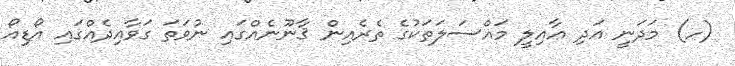
(ހ) މަދަނީ އަދި ޢާއިލީ މައްސަލަތަކުގެ ތެރެއިން ޤާނޫނެއްގައި ނުވަތަ ގަވާއިދެއްގައި އޯޑިއޯ